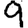
Digit: 9